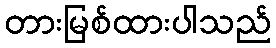
တားမြစ်ထားပါသည်